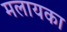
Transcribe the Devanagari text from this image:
मलायका